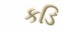
કડિ